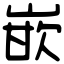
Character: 嵌